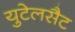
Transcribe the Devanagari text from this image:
युटेलसैट